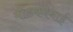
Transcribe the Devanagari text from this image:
मोंडकरबाई